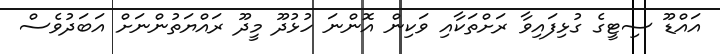
އައްޑޫ ސިޓީގެ ގުޅިފައިވާ ރަށްތަކާއި ވަކިން އޮންނަ ހުޅުދޫ މީދޫ ރައްޔަތުންނަށް އަބަދުވެސް